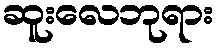
ဆူးလေဘုရား